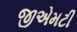
જીએમટી